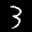
Label: 3